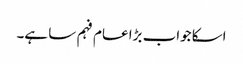
اسکا جواب بڑا عام فہم سا ہے۔